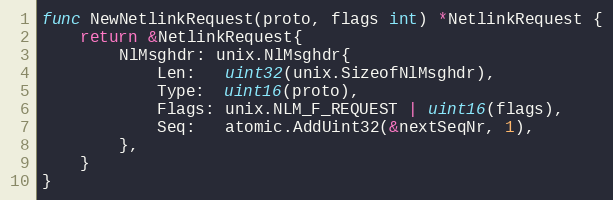
Language: Go
func NewNetlinkRequest(proto, flags int) *NetlinkRequest {
	return &NetlinkRequest{
		NlMsghdr: unix.NlMsghdr{
			Len:   uint32(unix.SizeofNlMsghdr),
			Type:  uint16(proto),
			Flags: unix.NLM_F_REQUEST | uint16(flags),
			Seq:   atomic.AddUint32(&nextSeqNr, 1),
		},
	}
}